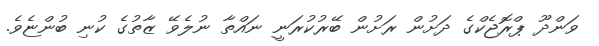
ވަންދޫ ޕްރޮޖެކްގެ ދަށުން ރަށުން ބޭރުކުރަނީ ނައްތާ ނުލެވޭ ޒާތުގެ ކުނި ބުންޏެވެ.